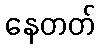
နေတတ်